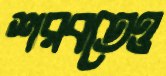
শরবতেও